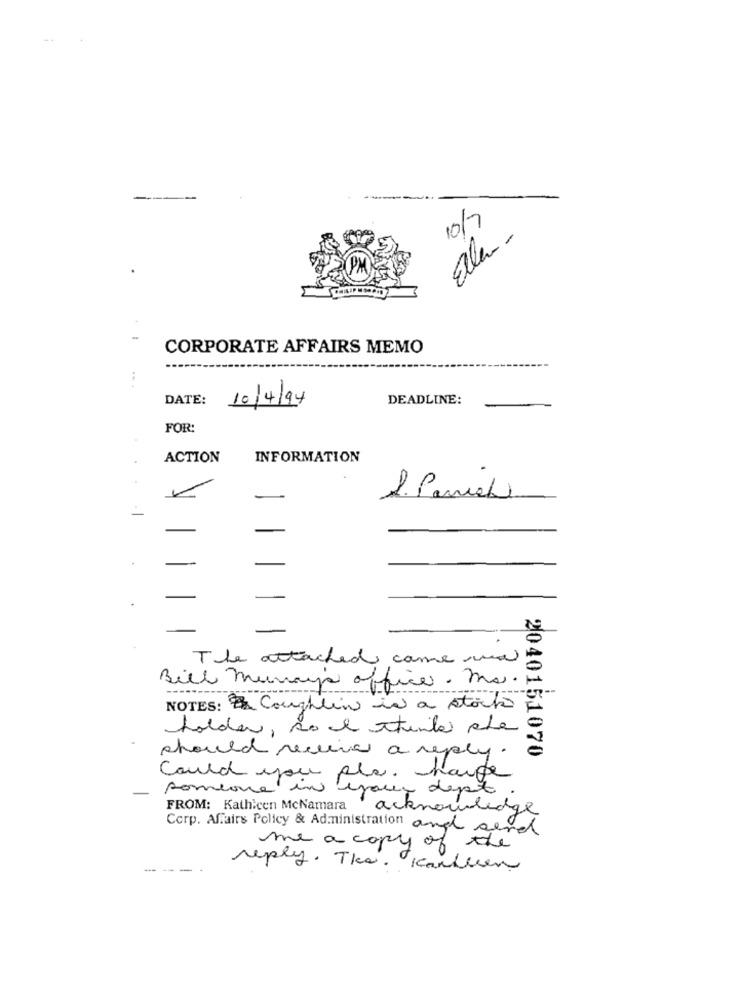
-
10/7
Eller-
CORPORATE AFFAIRS MEMO
DATE:
DEADLINE:
10/4/94
FOR:
ACTION
INFORMATION
1. Panel
The attached came wa
Bill murrays office . ma.i
204015
NOTES: # Coughlin in a stock
holder, sol ttante che
151070
should receive a reply.
Could you pla. hauge
someone.
your dept .
FROM: Kathicen McNamara
acknowledge
Corp. Affairs Policy & Administration and gerd
me a copy of the
reply. The. Karlsen